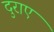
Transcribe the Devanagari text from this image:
दुराए